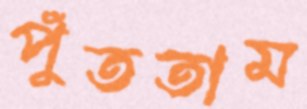
পুঁততাম